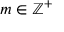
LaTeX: m \in \mathbb { Z } ^ { + }